342_HS1-416511228_319.1 Flying Discs 1949
Agency: Department of War
Incident date: 1/9/50
Page 24
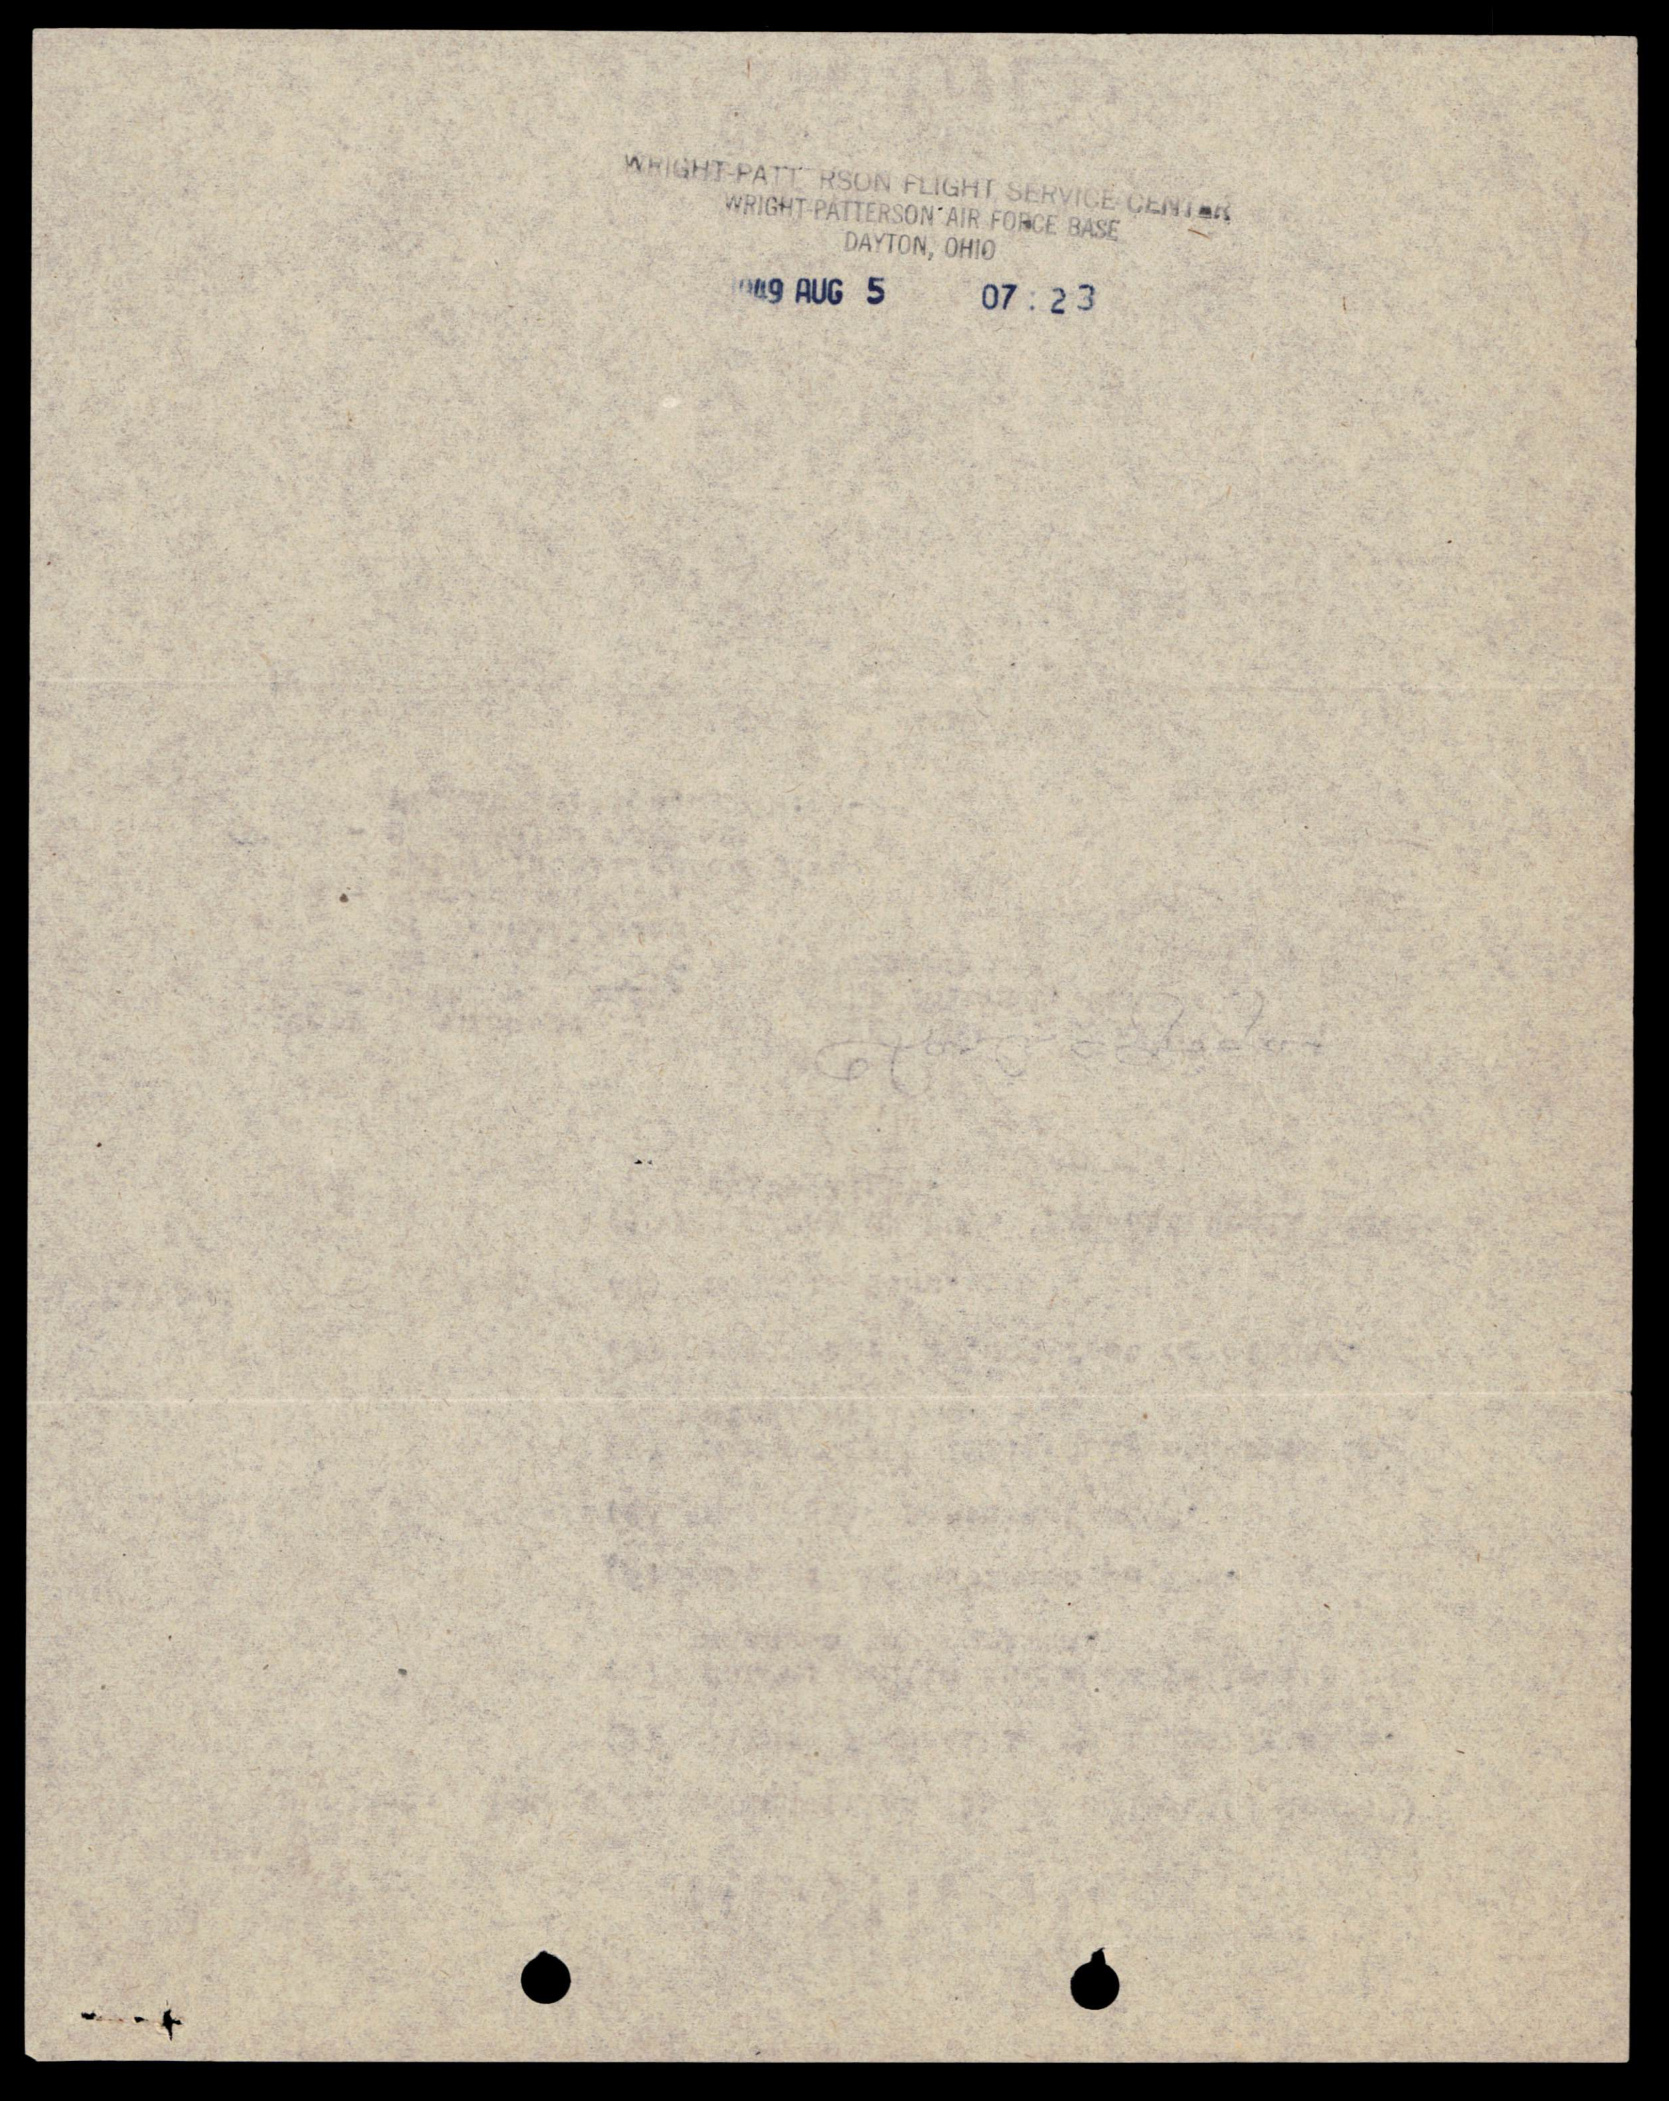